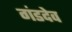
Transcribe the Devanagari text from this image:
गंडदेव